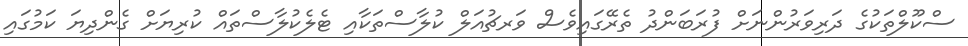
ސްކޫލްތަކުގެ ދަރިވަރުންނަށް ފުރަބަންދު ތެރޭގައިވެސް ވަރޗުއަލް ކުލާސްތަކާއި ޓެލެކުލާސްތައް ކުރިޔަށް ގެންދިޔަ ކަމުގައި